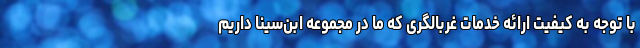
با توجه به کیفیت ارائه خدمات غربالگری که ما در مجموعه ابن‌سینا داریم